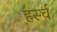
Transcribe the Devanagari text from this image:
हर्स्च